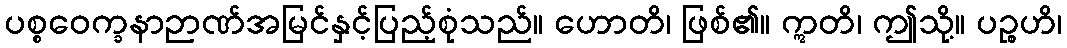
ပစ္စဝေက္ခနာဉာဏ်အမြင်နှင့်ပြည့်စုံသည်။ ဟောတိ၊ ဖြစ်၏။ ဣတိ၊ ဤသို့။ ပဉ္စဟိ၊